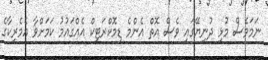
ނަމަވެސް މުޅި ދުނިޔޭގައި ވެސް އޮތް އެންމެ ޑިމޮކްރަޓިކް އެއްގައުމު ކަމަށްވާ އެމެރިކާގެ